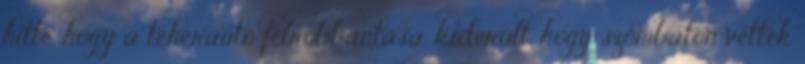
hitte, hogy a teherautó felrobbantása, kiderült, hogy szombaton vették